Lunatic asylums Madras 1877-1891 - 1877-1891
Year: 1877
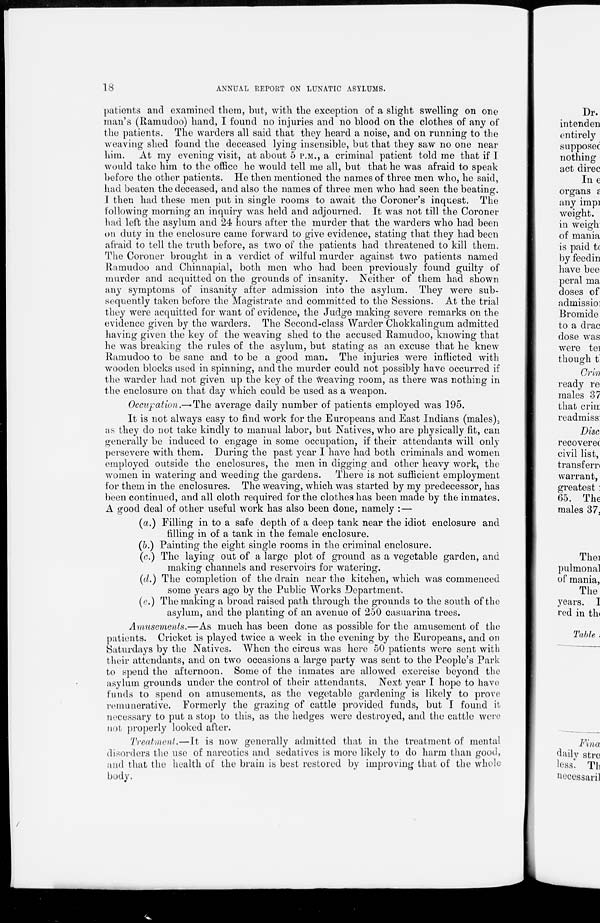
18
ANNUAL REPORT ON LUNATIC ASYLUMS.
patients and examined them, but, with the exception of a slight swelling on one
man's (Ramudoo) hand, I found no injuries and no blood on the clothes of any of
the patients. The warders all said that they heard a noise, and on running to the
weaving shed found the deceased lying insensible, but that they saw no one near
him. At my evening visit, at about 5 P.M., a criminal patient told me that if I
would take him to the office he would tell me all, but that he was afraid to speak
before the other patients. He then mentioned the names of three men who, he said,
had beaten the deceased, and also the names of three men who had seen the beating.
I then had these men put in single rooms to await the Coroner's inquest. The
following morning an inquiry was held and adjourned. It was not till the Coroner
had left the asylum and 24 hours after the murder that the warders who had been
on duty in the enclosure came forward to give evidence, stating that they had been
afraid to tell the truth before, as two of the patients had threatened to kill them.
The Coroner brought in a verdict of wilful murder against two patients named
Ramudoo and Chinnapial, both men who had been previously found guilty of
murder and acquitted on the grounds of insanity. Neither of them had shown
any symptoms of insanity after admission into the asylum. They were sub-
sequently taken before the Magistrate and committed to the Sessions. At the trial
they were acquitted for want of evidence, the Judge making severe remarks on the
evidence given by the warders. The Second-class Warder Chokkalingum admitted
having given the key of the weaving shed to the accused Ramudoo, knowing that
he was breaking the rules of the asylum, but stating as an excuse that he knew
Ramudoo to be sane and to be a good man. The injuries were inflicted with
wooden blocks used in spinning, and the murder could not possibly have occurred if
the warder had not given up the key of the weaving room, as there was nothing in
the enclosure on that day which could be used as a weapon.
Occupation.—The average daily number of patients employed was 195.
It is not always easy to find work for the Europeans and East Indians (males),
as they do not take kindly to manual labor, but Natives, who are physically fit, can
generally be induced to engage in some occupation, if their attendants will only
persevere with them. During the past year I have had both criminals and women
employed outside the enclosures, the men in digging and other heavy work, the
women in watering and weeding the gardens. There is not sufficient employment
for them in the enclosures. The weaving, which was started by my predecessor, has
been continued, and all cloth required for the clothes has been made by the inmates.
A good deal of other useful work has also been done, namely : —
(a.) Filling in to a safe depth of a deep tank near the idiot enclosure and
filling in of a tank in the female enclosure.
(b.) Painting the eight single rooms in the criminal enclosure.
(c.) The laying out of a large plot of ground as a vegetable garden, and
making channels and reservoirs for watering.
(d.) The completion of the drain near the kitchen, which was commenced
some years ago by the Public Works Department.
(e.) The making a broad raised path through the grounds to the south of the
asylum, and the planting of an avenue of 250 casuarina trees.
Amusements.—As much has been done as possible for the amusement of the
patients. Cricket is played twice a week in the evening by the Europeans, and on
Saturdays by the Natives. When the circus was here 50 patients were sent with
their attendants, and on two occasions a large party was sent to the People's Park
to spend the afternoon. Some of the inmates are allowed exercise beyond the
asylum grounds under the control of their attendants. Next year I hope to have
funds to spend on amusements, as the vegetable gardening is likely to prove
remunerative. Formerly the grazing of cattle provided funds, but I found it
necessary to put a stop to this, as the hedges were destroyed, and the cattle were
not properly looked after.
Treatment.—It is now generally admitted that in the treatment of mental
disorders the use of narcotics and sedatives is more likely to do harm than good,
and that the health of the brain is best restored by improving that of the whole
body.